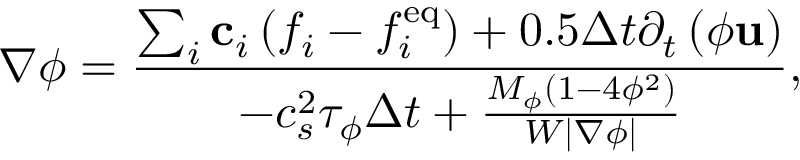
\nabla \phi = \frac { { \sum _ { i } { { { \bf { c } } _ { i } } \left( { { f _ { i } } - f _ { i } ^ { \mathrm { { e q } } } } \right) } + 0 . 5 \Delta t { \partial _ { t } } \left( { \phi { \bf { u } } } \right) } } { { - c _ { s } ^ { 2 } { \tau _ { \phi } } \Delta t + \frac { { { M _ { \phi } } \left( { 1 - 4 { \phi ^ { 2 } } } \right) } } { { W \left| { \nabla \phi } \right| } } } } ,